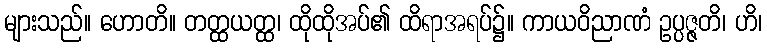
များသည်။ ဟောတိ။ တတ္ထယတ္ထ၊ ထိုထိုအပ်၏ ထိရာအရပ်၌။ ကာယဝိညာဏံ ဥပ္ပဇ္ဇတိ၊ ဟိ၊